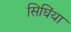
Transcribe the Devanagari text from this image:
सिघिंया